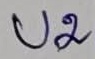
Text: U2